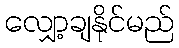
လျှော့ချနိုင်မည်